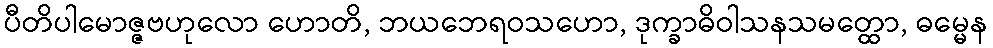
ပီတိပါမောဇ္ဇဗဟုလော ဟောတိ, ဘယဘေရဝသဟော, ဒုက္ခာဓိဝါသနသမတ္ထော, ဓမ္မေန